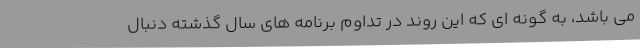
می باشد، به گونه ای که این روند در تداوم برنامه های سال گذشته دنبال